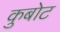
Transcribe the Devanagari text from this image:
कुबोट